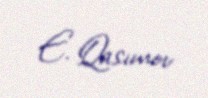
E. Qasımov